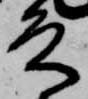
殿